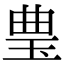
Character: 㻃